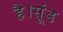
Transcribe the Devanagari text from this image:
है।सूंड